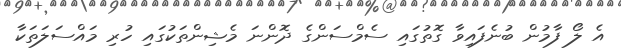
އެ ލޯ ފާމުން ބުނެފައިވާ ގޮތުގައި ސެމްސަންގެ ދޮންނަ މެޝިންތަކުގައި ހުރި މައްސަލަތަކާ